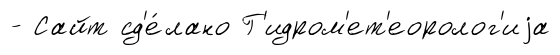
- Сайт сд'е́лано Г'идром'ет'еоролог'иjа